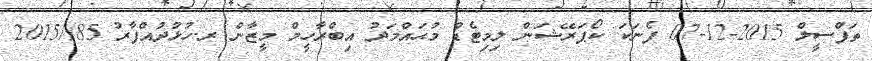
ތަފްސީލް 2015-12-07 ފެނަކަ ކޯޕަރޭޝަން ލިމިޓެޑް މުޙައްމަދު އިބްރާހީމް މީޒާން ރ.ހުޅުދުއްފާރު 85//2015